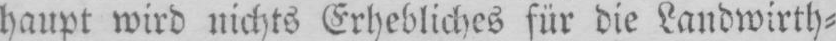
haupt wird nichts Erhebliches für die Landwirth⸗